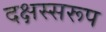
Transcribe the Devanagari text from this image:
दक्षस्सरूप